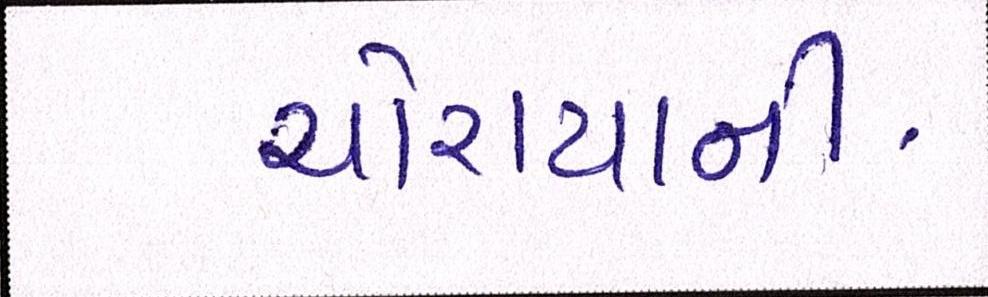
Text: ચોરાયાની